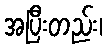
အပြီးတည်း၊